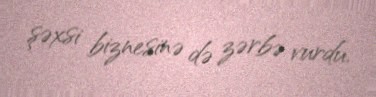
şəxsi biznesinə də zərbə vurdu.